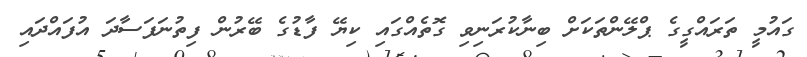
ގައުމީ ތަރައްގީގެ ޕްލޭންތަކަށް ބިނާކުރަނިވި ގޮތެއްގައި ކިޔޭ ފާޑުގެ ބޭރުން ފިތުނަފަސާދަ އުފައްދައި